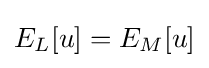
E_{L}[u]=E_{M}[u]